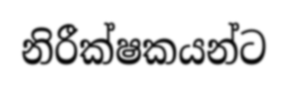
නිරීක්ෂකයන්ට